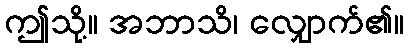
ဤသို့။ အဘာသိ၊ လျှောက်၏။